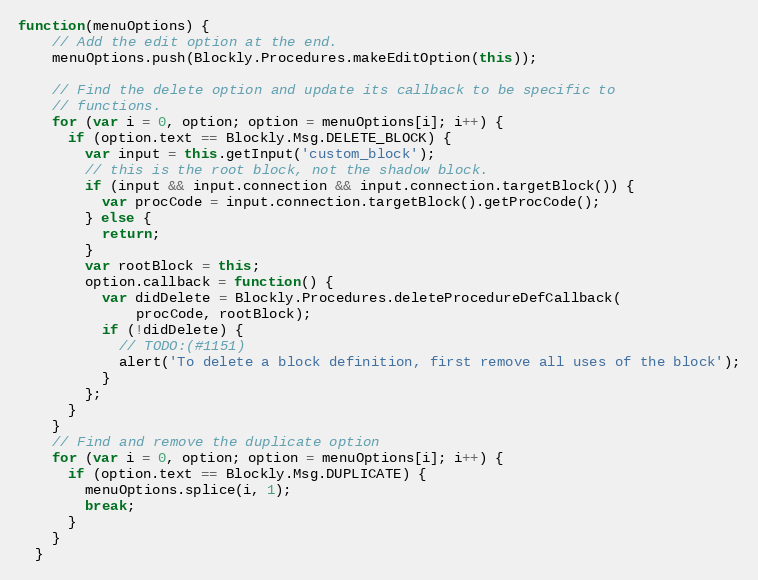
Language: JavaScript
function(menuOptions) {
    // Add the edit option at the end.
    menuOptions.push(Blockly.Procedures.makeEditOption(this));

    // Find the delete option and update its callback to be specific to
    // functions.
    for (var i = 0, option; option = menuOptions[i]; i++) {
      if (option.text == Blockly.Msg.DELETE_BLOCK) {
        var input = this.getInput('custom_block');
        // this is the root block, not the shadow block.
        if (input && input.connection && input.connection.targetBlock()) {
          var procCode = input.connection.targetBlock().getProcCode();
        } else {
          return;
        }
        var rootBlock = this;
        option.callback = function() {
          var didDelete = Blockly.Procedures.deleteProcedureDefCallback(
              procCode, rootBlock);
          if (!didDelete) {
            // TODO:(#1151)
            alert('To delete a block definition, first remove all uses of the block');
          }
        };
      }
    }
    // Find and remove the duplicate option
    for (var i = 0, option; option = menuOptions[i]; i++) {
      if (option.text == Blockly.Msg.DUPLICATE) {
        menuOptions.splice(i, 1);
        break;
      }
    }
  }